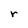
Character: r